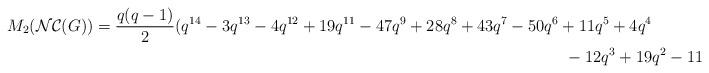
LaTeX: \begin{align*} M_{2}(\mathcal{NC}(G))&= \dfrac{q(q-1)}{2}(q^{14}-3q^{13}-4q^{12}+19q^{11}-47q^{9}+28q^{8}+43q^{7}-50q^{6}+11q^{5}+4q^{4} \\ &~~~~~~~~~~~~~~~~~~~~~~~~~~~~~~~~~~~~~~~~~~~~~~~~~~~~~~~~~~~~~~~~~~~~~~~~~~~~~~~~~~~~~~~-12q^{3}+19q^{2}-11q+2).\end{align*}